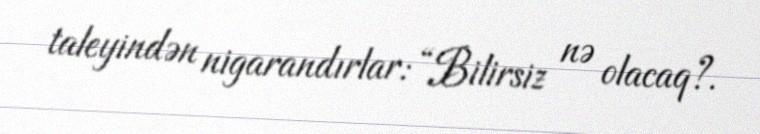
taleyindən nigarandırlar: “Bilirsiz nə olacaq?.